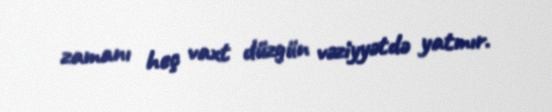
zamanı heç vaxt düzgün vəziyyətdə yatmır.